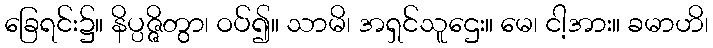
ခြေရင်း၌။ နိပ္ပဇ္ဇိတွာ၊ ဝပ်၍။ သာမိ၊ အရှင်သူဌေး။ မေ၊ ငါ့အား။ ခမာဟိ၊